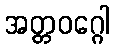
အတ္တဝဂ္ဂေါ